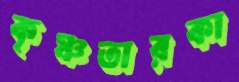
কৃষ্ণতারকা